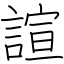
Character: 諠